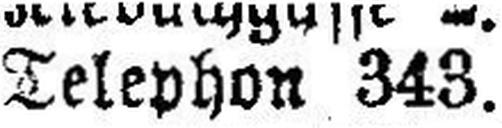
Telephon 343.